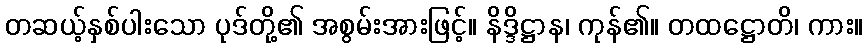
တဆယ့်နှစ်ပါးသော ပုဒ်တို့၏ အစွမ်းအားဖြင့်။ နိဒ္ဒိဋ္ဌာန၊ ကုန်၏။ တထဋ္ဌောတိ၊ ကား။